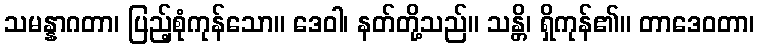
သမန္နာဂတာ၊ ပြည့်စုံကုန်သော။ ဒေဝါ၊ နတ်တို့သည်။ သန္တိ၊ ရှိကုန်၏။ တာဒေဝတာ၊